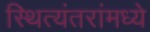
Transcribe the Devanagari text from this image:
स्थित्यंतरांमध्ये